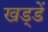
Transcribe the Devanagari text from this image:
खड्डें